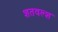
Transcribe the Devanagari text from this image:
शतवल्श